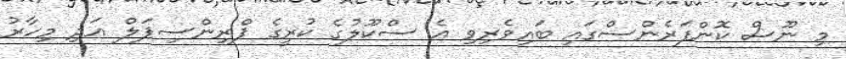
މި ނޫސް ކޮންފަރެންސްގައި ބައިވެރިވި އެ ސްކޫލުގެ ކުރީގެ ޕްރިންސިޕަލް އަދި މިހާރު